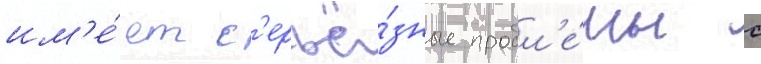
им'е́ет с'ерьё́зные пробл'е́мы с